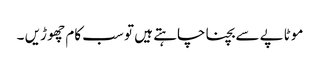
موٹاپے سے بچنا چاہتے ہیں تو سب کام چھو ڑیں ۔